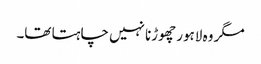
مگر وہ لاہور چھوڑنا نہیں چاہتا تھا۔